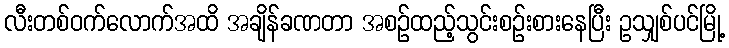
လီးတစ်ဝက်လောက်အထိ အချိန်ခဏတာ အစဉ်ထည့်သွင်းစဉ်းစားနေပြီး ဥသျှစ်ပင်မြို့